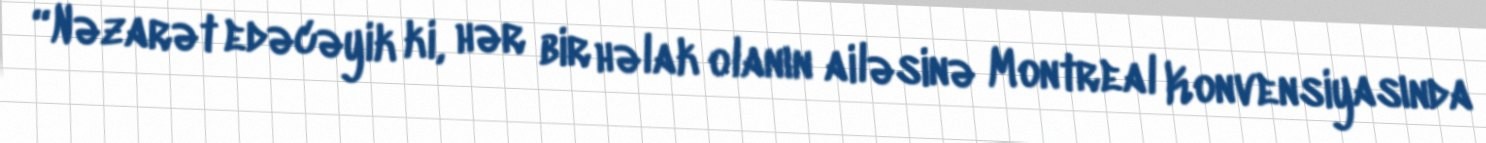
“Nəzarət edəcəyik ki, hər bir həlak olanın ailəsinə Montreal Konvensiyasında